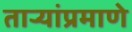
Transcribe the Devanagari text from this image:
ताऱ्यांप्रमाणे